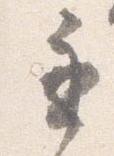
遅